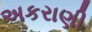
અકરાણી